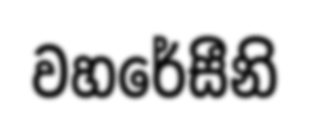
වහරේසීනි